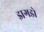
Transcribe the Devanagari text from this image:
झगडो